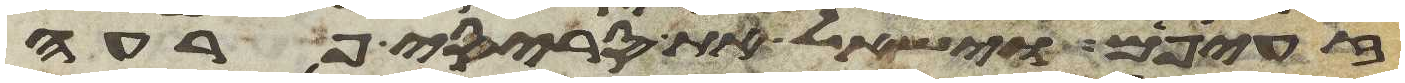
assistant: זעפים וישאל את סריסי פרעה